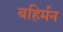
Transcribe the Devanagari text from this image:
बहिर्मन